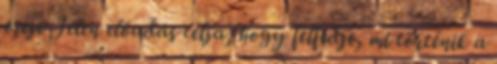
ereje Jelen előadás célja, hogy felfedje, mi történik a